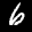
Label: 6